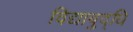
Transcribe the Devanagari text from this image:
विद्याबुद्धि